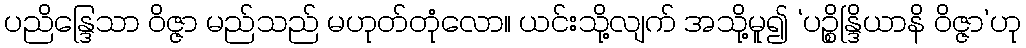
ပညိန္ဒြေသာ ဝိဇ္ဇာ မည်သည် မဟုတ်တုံလော။ ယင်းသို့လျက် အသို့မူ၍ ‘ပဉ္စိန္ဒြိယာနိ ဝိဇ္ဇာ’ဟု